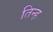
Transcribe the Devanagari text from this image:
तिन्ह